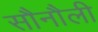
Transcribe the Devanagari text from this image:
सौनौली